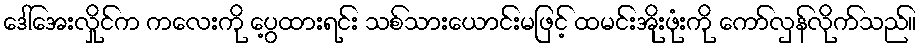
ဒေါ်အေးလှိုင်က ကလေးကို ပွေ့ထားရင်း သစ်သားယောင်းမဖြင့် ထမင်းအိုးဖုံးကို ကော်လှန်လိုက်သည်။